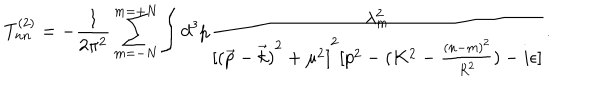
LaTeX: T _ { n n } ^ { ( 2 ) } = - \frac { 1 } { 2 \pi ^ { 2 } } \sum _ { m = - N } ^ { m = + N } \int d ^ { 3 } p \frac { \lambda _ { m } ^ { 2 } } { { [ { ( \vec { p } - \vec { k } ) } ^ { 2 } + \mu ^ { 2 } ] } ^ { 2 } [ p ^ { 2 } - ( K ^ { 2 } - \frac { { ( n - m ) } ^ { 2 } } { R ^ { 2 } } ) - i \epsilon ] } .